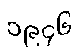
၁၉၄၆